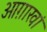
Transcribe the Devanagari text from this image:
आग़ाखां